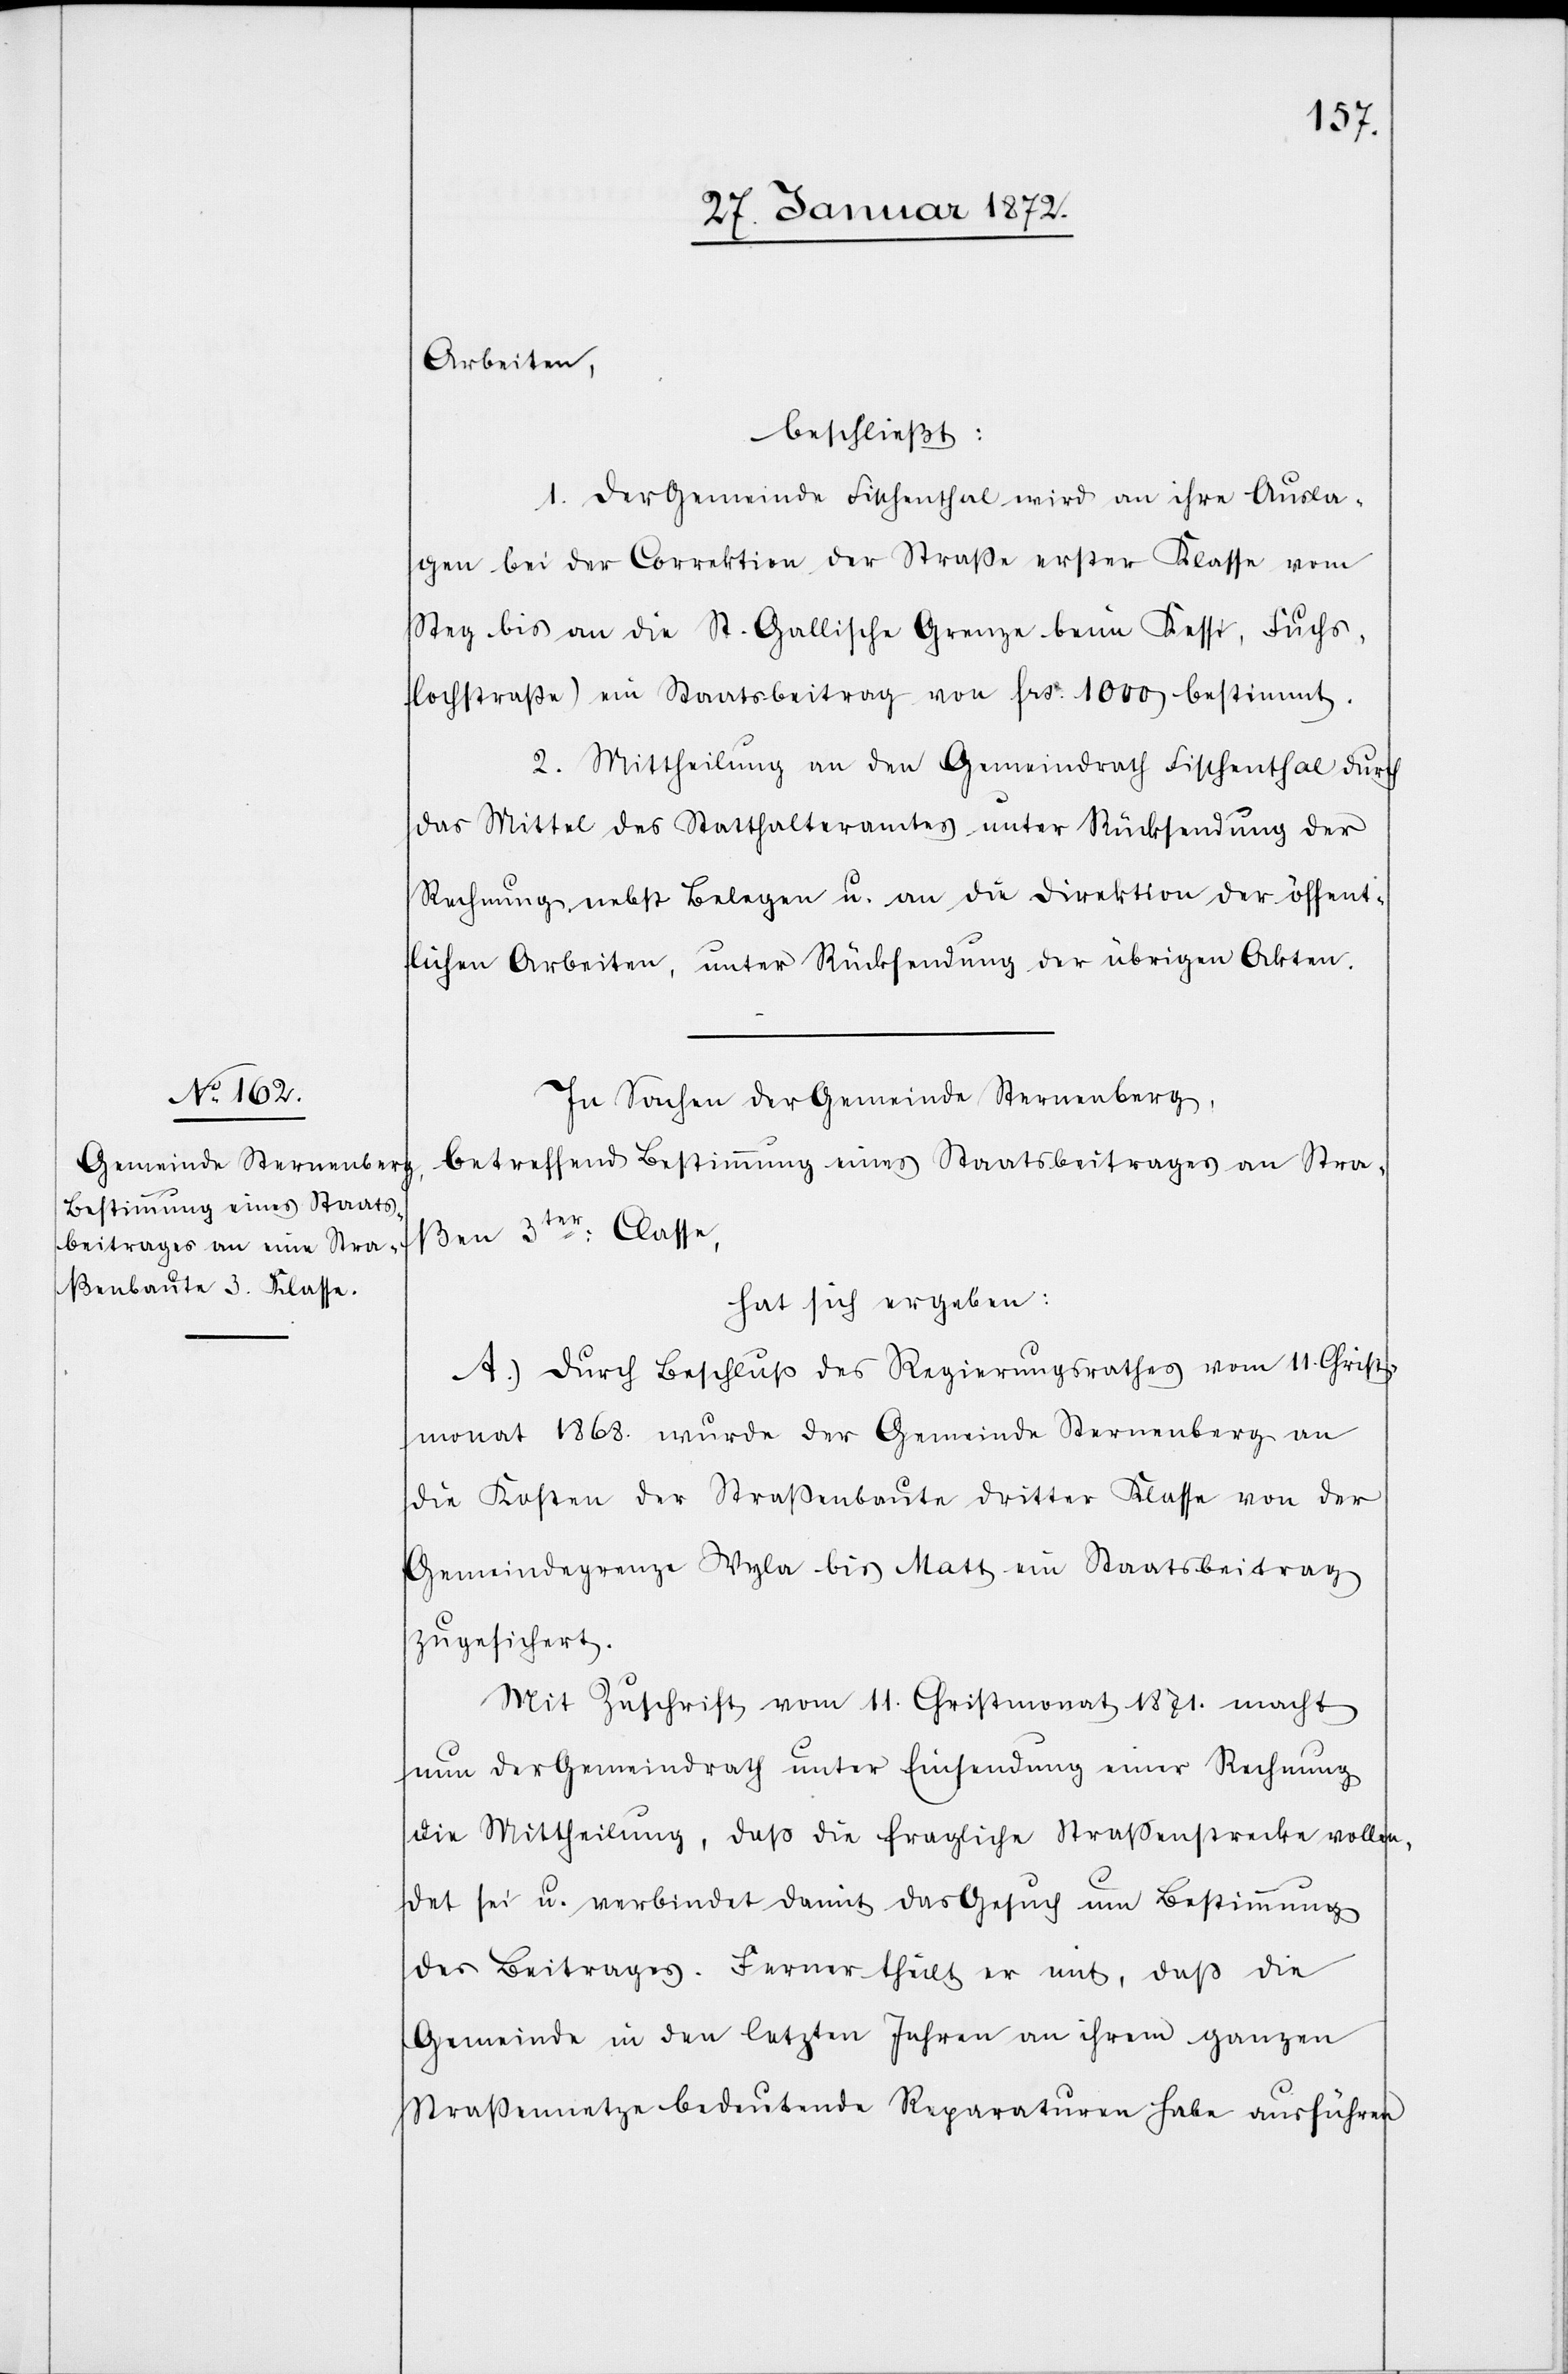
Arbeiten,
beschließt:
1. Der Gemeinde Fischenthal wird an ihre Ausla¬
gen bei der Correktion der Straße erster Klasse vom
Steg bis an die St. Gallische Grenze beim Kessi, Fuchs¬
lochstraße) ein Staatsbeitrag von frs. 1000 bestimmt.
2. Mittheilung an den Gemeindrath Fischenthal durch
das Mittel des Statthalteramtes unter Rücksendung der
Rechnung nebst Belegen u. an die Direktion der öffent¬
lichen Arbeiten, unter Rücksendung der übrigen Akten.
In Sachen der Gemeinde Sternenberg,
betreffend Bestimmung eines Staatsbeitrages an Stra¬
ßen 3ter Classe,
hat sich ergeben:
A.) Durch Beschluß des Regierungsrathes vom 11. Christ¬
monat 1868. wurde der Gemeinde Sternenberg an
die Kosten der Straßenbaute dritter Klasse von der
Gemeindegrenze Wyla bis Matt ein Staatsbeitrag
zugesichert.
Mit Zuschrift vom 11. Christmonat 1871. macht
nun der Gemeindrath unter Einsendung einer Rechnung
die Mittheilung, daß die fragliche Strassenstrecke vollen¬
det sei u. verbindet damit das Gesuch um Bestimmung
des Beitrages. Ferner theilt er mit, daß die
Gemeinde in den letzten Jahren an ihrem ganzen
Straßennetze bedeutende Reparaturen habe ausführen